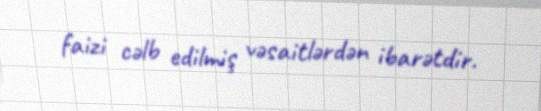
faizi cəlb edilmiş vəsaitlərdən ibarətdir.